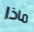
ماذا